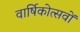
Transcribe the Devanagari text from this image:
वार्षिकोत्सवों